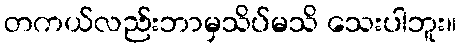
တကယ်လည်းဘာမှသိပ်မသိ သေးပါဘူး။